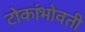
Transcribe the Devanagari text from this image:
टोकांभोवती